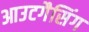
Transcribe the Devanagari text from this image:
आउटगैसिंग